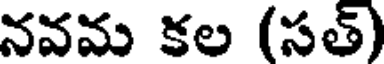
నవమ కల (సత్)